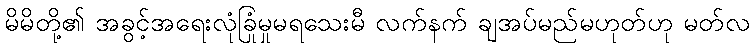
မိမိတို့၏ အခွင့်အရေးလုံခြုံမှုမရသေးမီ လက်နက် ချအပ်မည်မဟုတ်ဟု မတ်လ